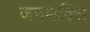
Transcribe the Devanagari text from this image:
जनशक्‍ति